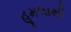
હૂમલાથી